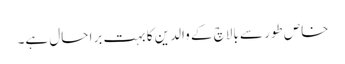
خاص طور سے بالاچ کے والدین کا بہت برا حال ہے۔